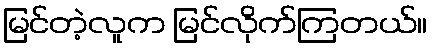
မြင်တဲ့လူက မြင်လိုက်ကြတယ်။